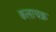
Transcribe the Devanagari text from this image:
कलाचक्र